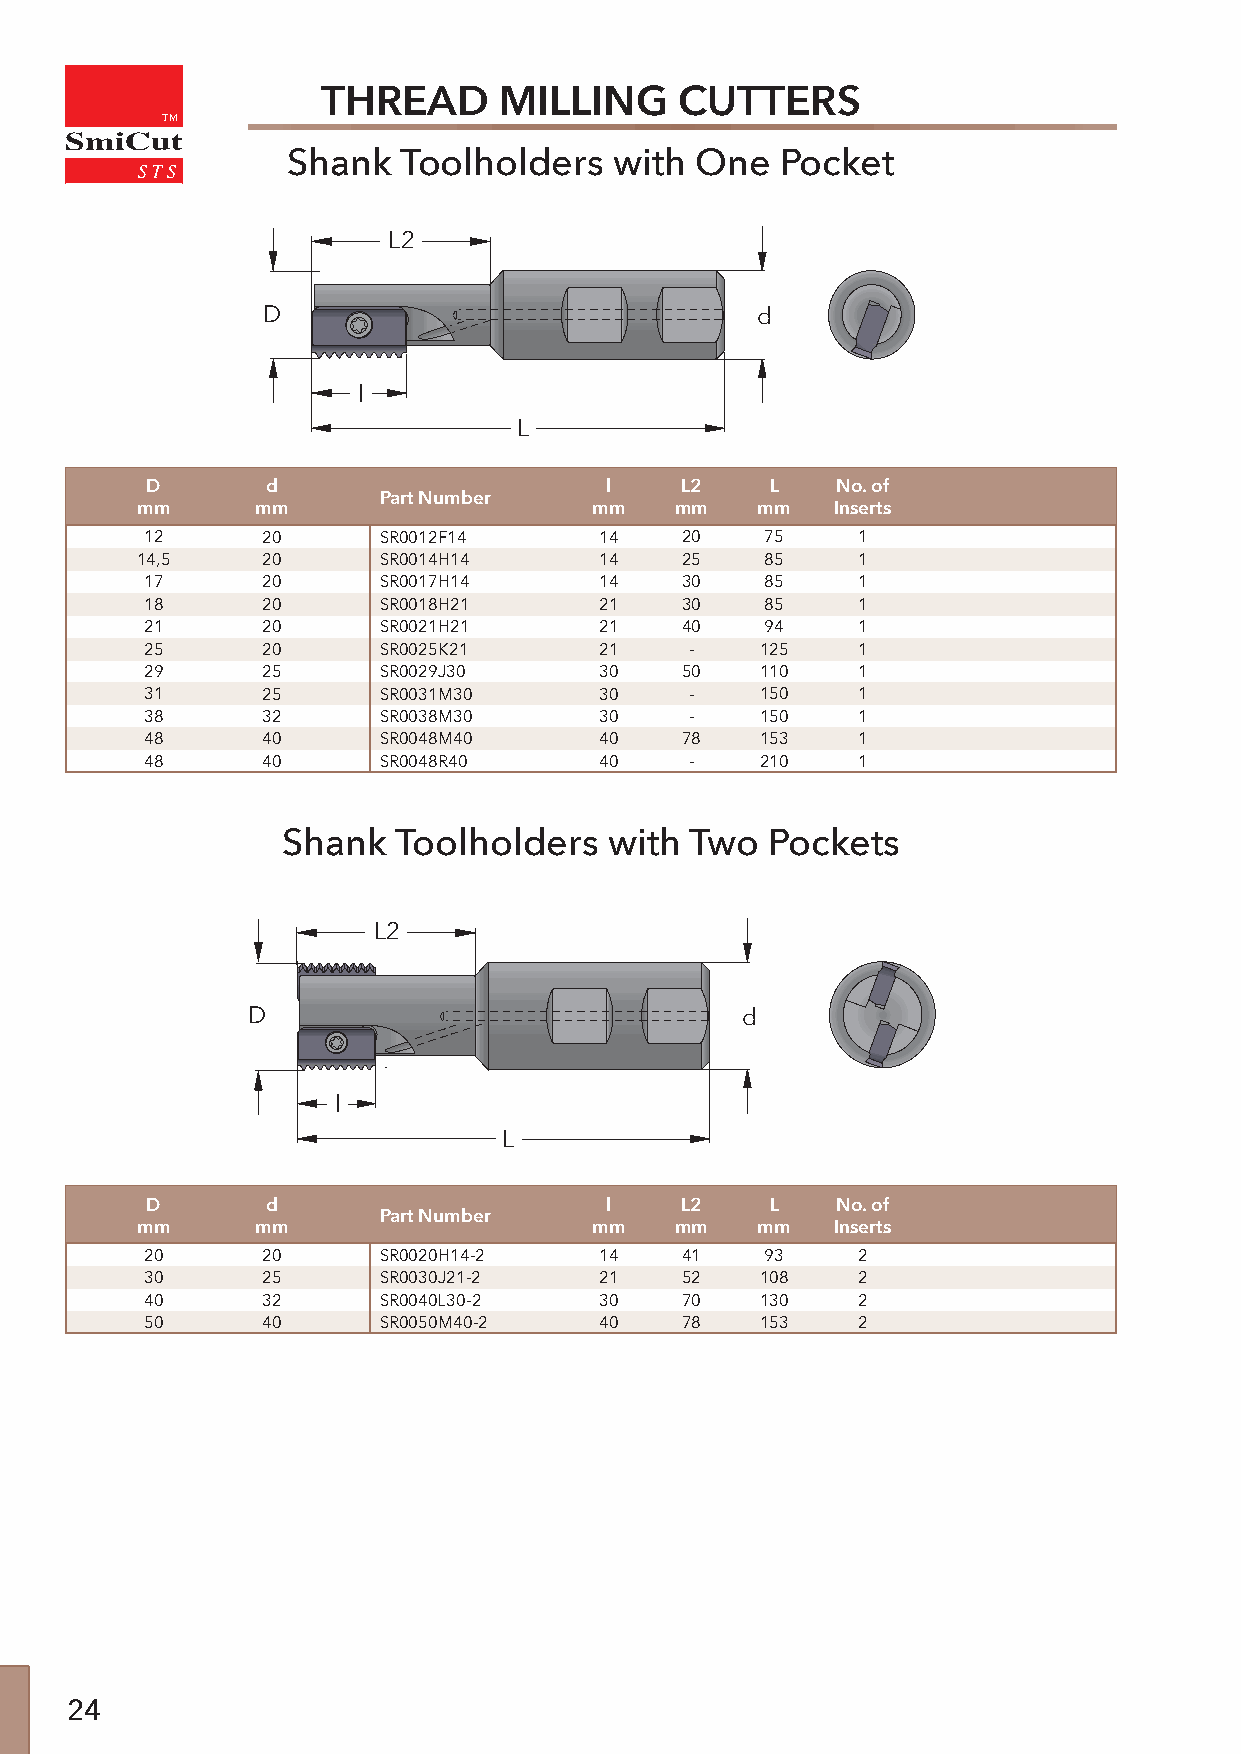
THREAD      MILLING     CUTTERS
 TM
 SmiCut
 Shank   Toolholders   with One   Pocket
 L2
 D                                d
 l
 L
 D       d                     l    L2    L   No. of
 Part Number
 mm      mm                    mm    mm   mm   Inserts
 12     20      SR0012F14      14   20    75    1
 14,5    20      SR0014H14      14   25    85    1
 17     20      SR0017H14      14   30    85    1
 18     20      SR0018H21      21   30    85    1
 21     20      SR0021H21      21   40    94    1
 25     20      SR0025K21      21    -   125    1
 29     25      SR0029J30      30   50   110    1
 31     25      SR0031M30      30    -   150    1
 38     32      SR0038M30      30    -   150    1
 48     40      SR0048M40      40   78   153    1
 48     40      SR0048R40      40    -   210    1
 Shank  Toolholders   with  Two  Pockets
 L2
 D                                d
 l
 L
 D       d                     l    L2    L   No. of
 Part Number
 mm      mm                    mm    mm   mm   Inserts
 20     20      SR0020H14-2    14   41    93    2
 30     25      SR0030J21-2    21   52   108    2
 40     32      SR0040L30-2    30   70   130    2
 50     40      SR0050M40-2    40   78   153    2
 24